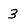
Character: 3